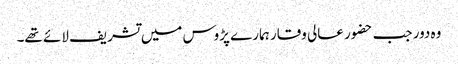
وہ دور جب حضور عالی وقار ہمارے پڑوس میں تشریف لائے تھے۔